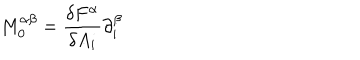
M _ { 0 } ^ { \alpha \beta } = \frac { \delta F ^ { \alpha } } { \delta A _ { i } } \partial _ { i } ^ { \beta }